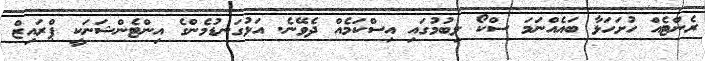
ރެންޓެއް ހުށަހަޅާ ބައެއްނަމަ ސްކޯ ލިބުމުގައި އިސްކަމެއް ދެވޭނެ. އަޅުގަނޑުމެންގެ އިންޓެންޝަނަކީ ޕްރައިޒް